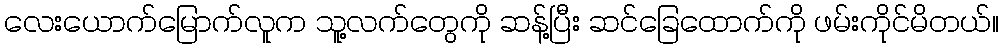
လေးယောက်မြောက်လူက သူ့လက်တွေကို ဆန့်ပြီး ဆင်ခြေထောက်ကို ဖမ်းကိုင်မိတယ်။